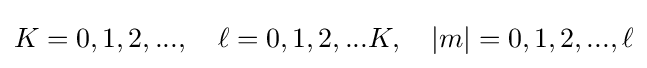
K=0,1,2,...,\quad \ell =0,1,2,...K,\quad |m|=0,1,2,...,\ell